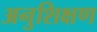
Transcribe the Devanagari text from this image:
अनुशिक्षण